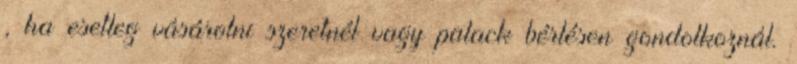
, ha esetleg vásárolni szeretnél vagy palack bérlésen gondolkoznál.